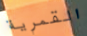
القمرية